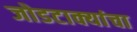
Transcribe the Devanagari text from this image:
जोडटाक्यांचा